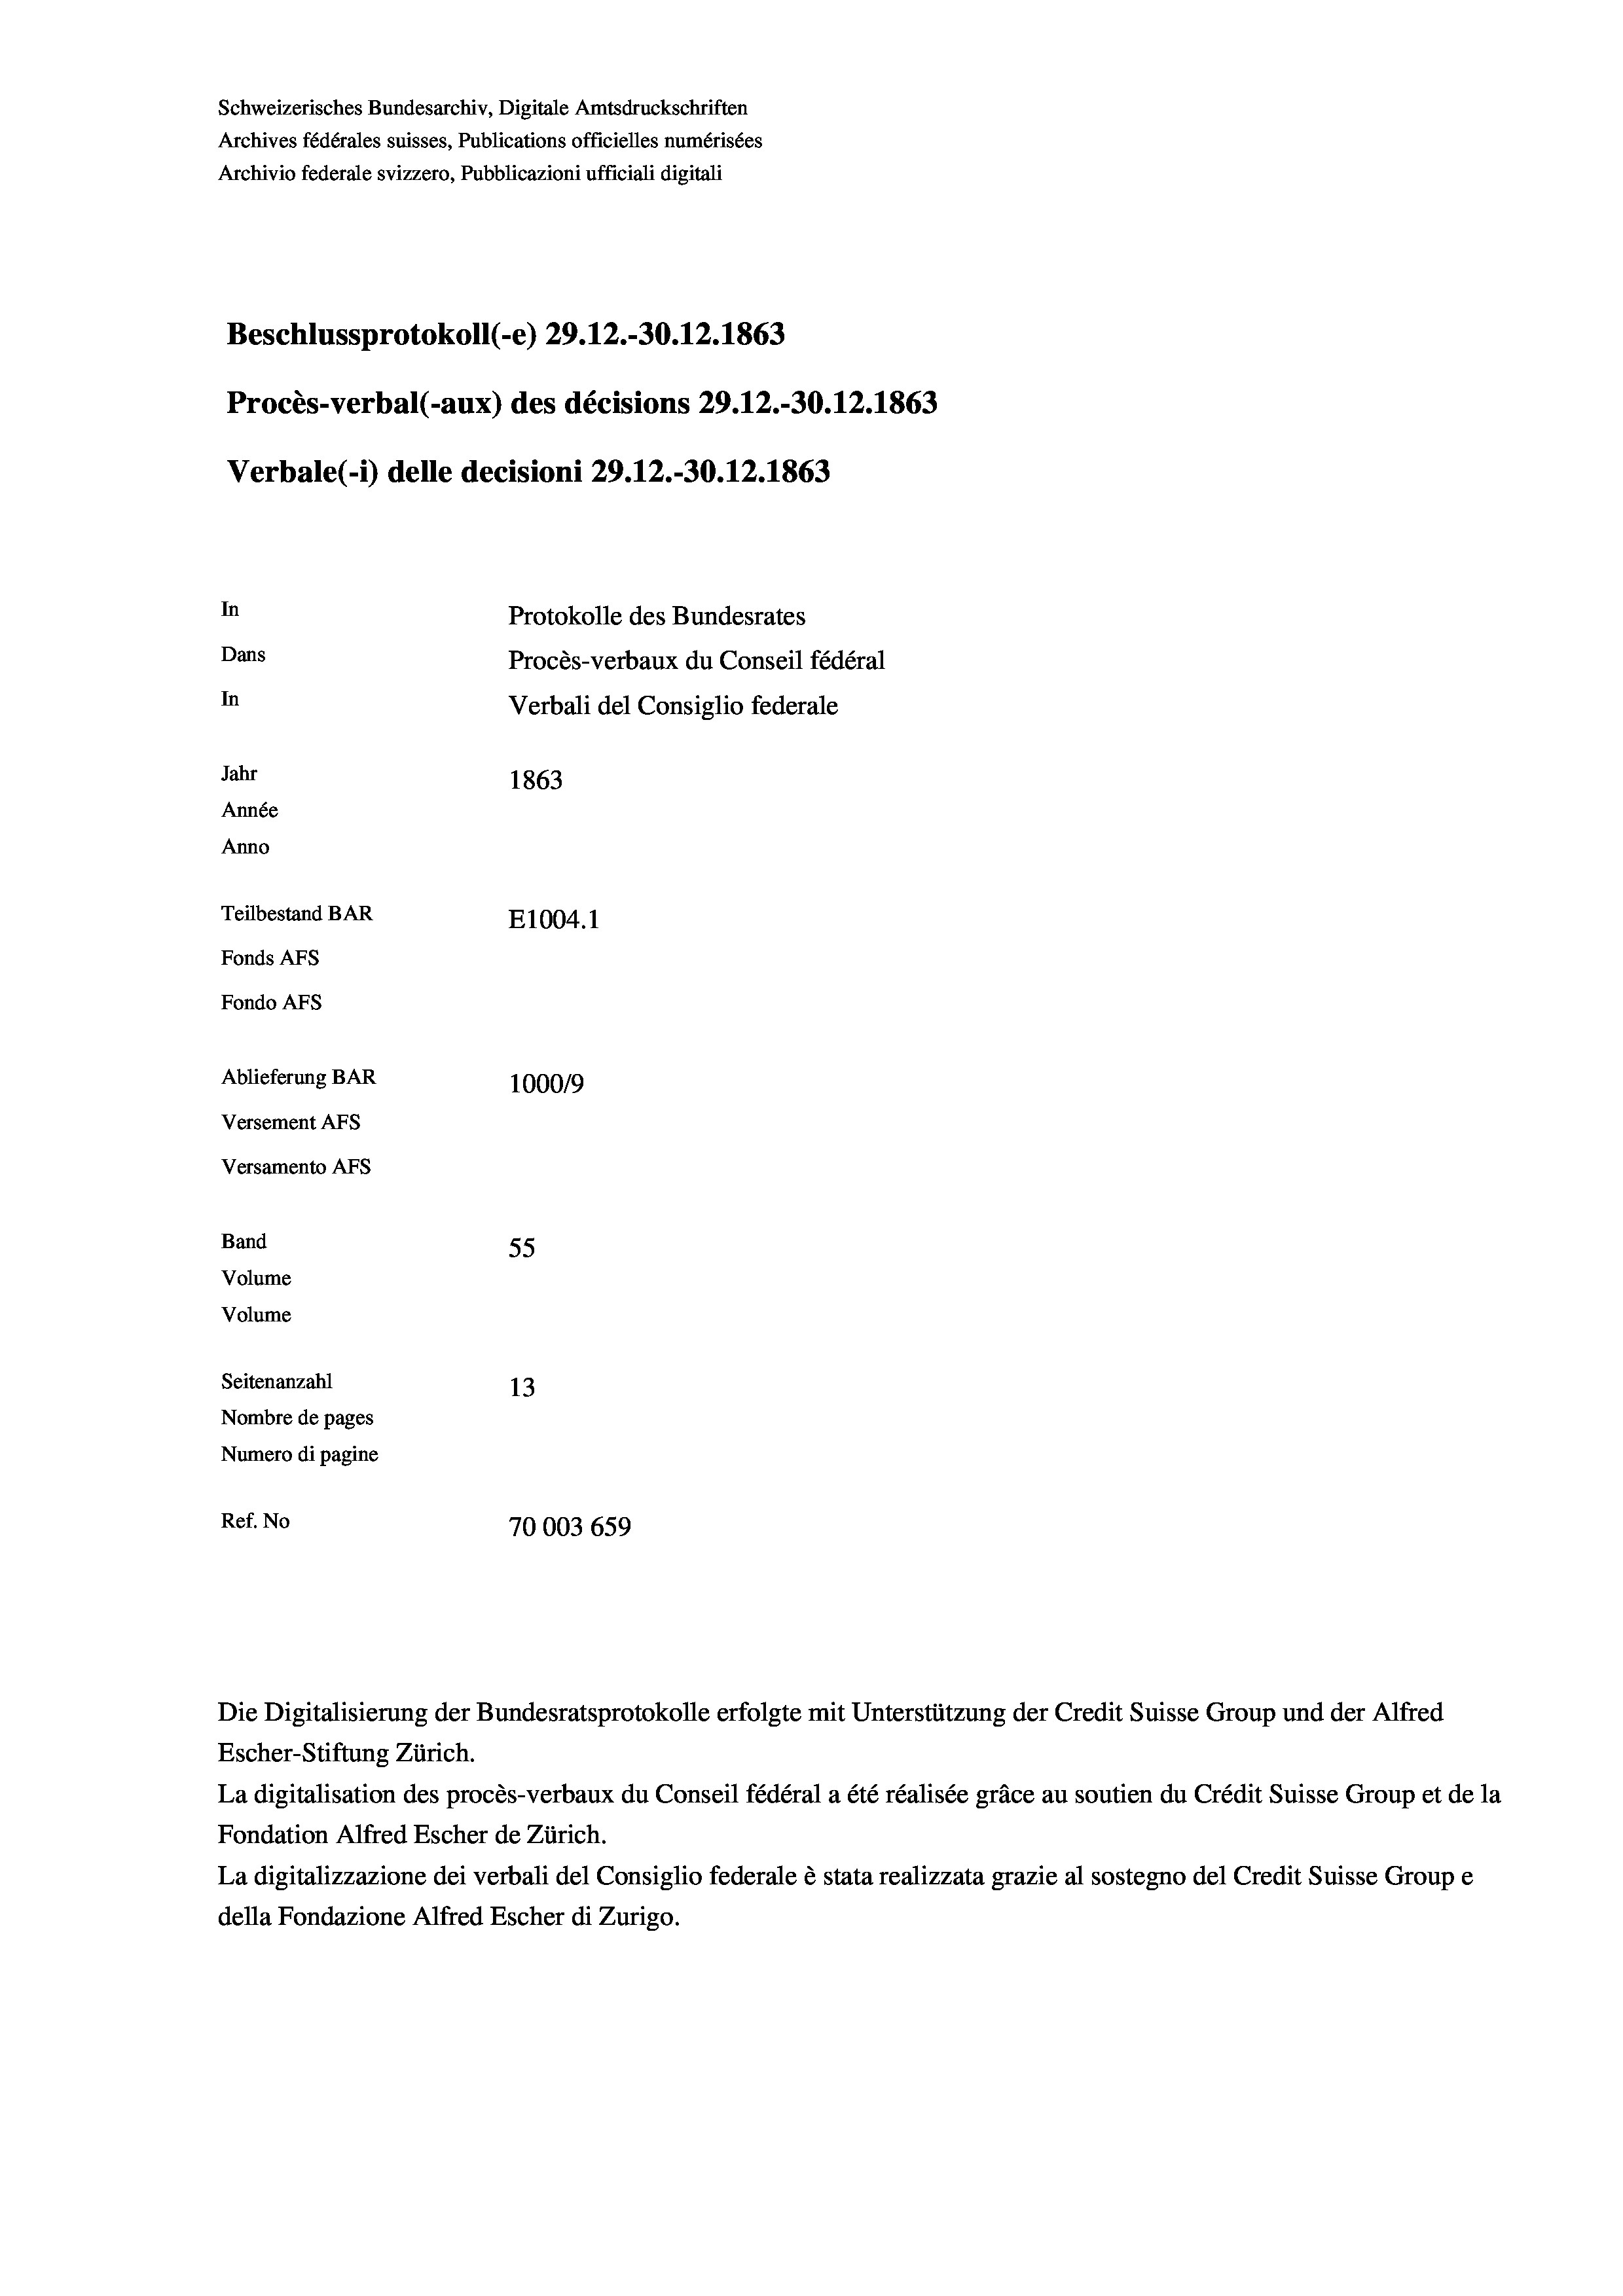
Schweizerisches Bundesarchiv, Digitale Amtsdruckschriften
Archives fédérales suisses, Publications officielles numérisées
Archivio federale svizzero, Pubblicazioni ufficiali digitali
Beschlussprotokoll (-e) 29.12.-30. 12. 1863
Procès-verbal (-aux) des décisions 29.12.-30.12.1863
Verbale(-*) delle decisioni 29.12.-30.12.1863
In
Protokolle des Bundesrates
Dans
Procès-verbaux du Conseil fédéral
In
Verbali del Consiglio federale
Jahr
1863
Année
Anno
Teilbestand BAR
E1004.1
Fonds AFs
Fondo AFS
Ablieferung BAR
100019
Versement AFs
Versamento AFs

55
Seitenanzahl
13
Nombre de pages
Numero di pagine
Ref. No
70003 659

Band
Volume
Volume

Escher-Stiftung Zürich.
La digitalisation des procès-verbaux du Conseil fédéral a été réalisée gräce au soutien du Crédit Suisse Group et de la
Fondation Alfred Escher de Zürich.
La digitalizzazione dei verbali del Consiglio federale è stata realizzata grazie al sostegno del Credit Suisse Groupe
della Fondazione Alfred Escher di Zurigo.

Die Digitalisierung der Bundesratsprotokolle erfolgte mit Unterstützung der Credit Suisse Group und der Alfred